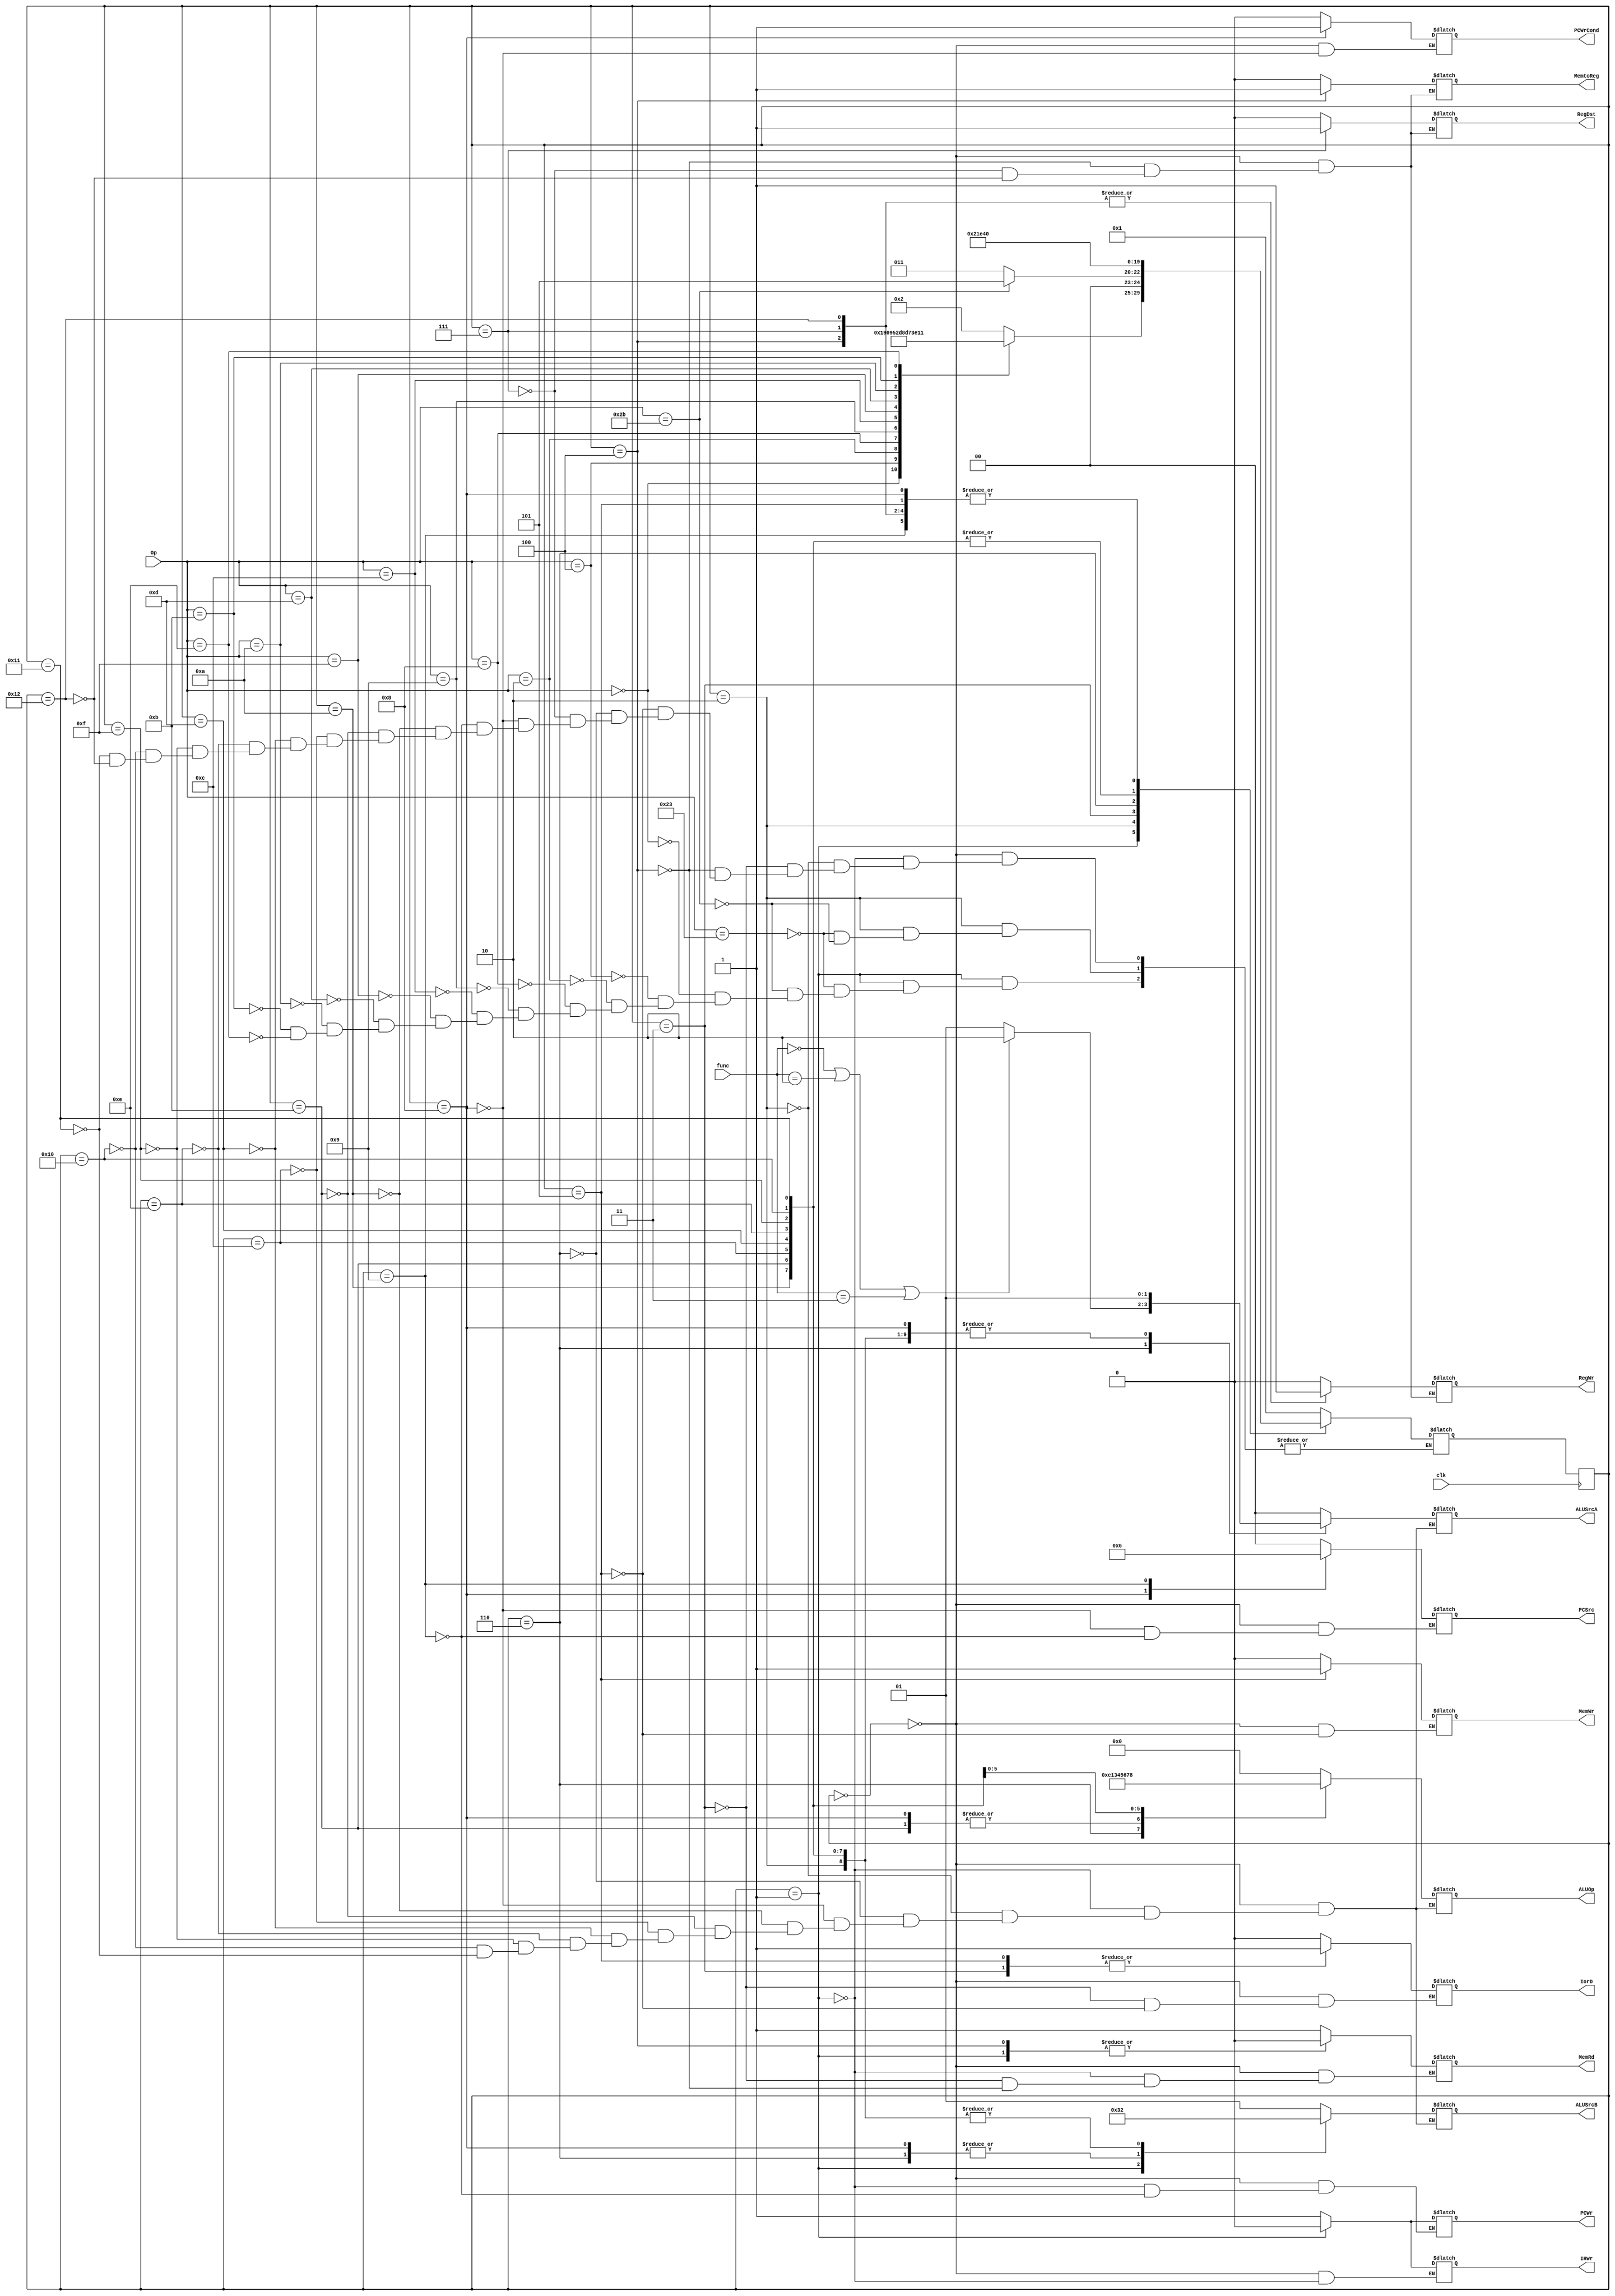
module CU (PCWr,PCWrCond,IorD,MemRd,MemWr,IRWr,MemtoReg,PCSrc,ALUOp,ALUSrcB,ALUSrcA,RegWr,RegDst,Op,clk,func);
input [5:0] func;
input [5:0] Op;
input clk;
output reg [1:0] ALUSrcB, PCSrc, ALUSrcA;
output reg [3:0] ALUOp;
output reg PCWrCond, PCWr , IorD, MemRd, MemWr, MemtoReg, IRWr, RegWr, RegDst; 
parameter S0=0, S1=1, S2=2, S3=3, S4=4, S5=5, S6=6, S7=7, S8=8, S9=9, 
    S10=10, //addi
    S11=11, //addiu
    S12=12, //andi
    S13=13, //lui
    S14=14, //ori
    S15=15, //slti
    S16=16, //sltiu
    S17=17, //xori
    S18=18; 
parameter R = 6'b000000,
          lw = 6'b100011,
          sw = 6'b101011,
          j = 6'b000010,
          addi = 6'b001000,
          addiu = 6'b001001,
          andi = 6'b001100,
          lui =6'b001111,
          ori = 6'b001101,
          slti = 6'b001010,
          sltiu = 6'b001011,
          xori = 6'b001110,
          beq = 6'b000100;

reg [4:0] S, NS; 
initial S=0;
always@(posedge clk) begin 
    S <= NS;
end
always @(S, Op) begin
case(S)
    S0: begin
    MemRd=1'b1; 
    ALUSrcA=2'b00; 
    IorD=1'b0; 
    IRWr=1'b1; 
    ALUSrcB=2'b01; 
    ALUOp=4'b0000; 
    PCWr=1'b1; 
    PCSrc=2'b00; 
    NS=S1; 
    RegWr=1'b0; 
    RegDst=1'b0;
    MemWr=1'b0; 
    PCWrCond= 1'b0; 
    MemtoReg=1'b0;
    end

    S1: begin 
    MemRd=1'b0;
    IRWr=1'b0;
    ALUSrcA=2'b00;
    ALUSrcB=2'b11;
    PCWr =1'b0;
    ALUOp= 4'b0000;
    case(Op)
    lw: NS=S2;
    sw: NS=S2;
    R: NS=S6;
    beq: NS=S8;
    j: NS=S9;
    addi: NS=S10;
    addiu: NS=S11;
    andi: NS=S12;
    lui: NS=S13;
    ori: NS=S14;
    slti: NS=S15;
    sltiu: NS=S16;
    xori: NS=S17;
    endcase
    end

    S2: begin
    ALUSrcA = 2'b01;
    ALUSrcB= 2'b10; 
    ALUOp = 4'b0000;
    case(Op)
    lw: NS=S3;
    sw: NS=S5;
    endcase
    end

    S3: begin 
    MemRd=1'b1;
    IorD = 1'b1; 
    NS=S4;
    end

    S4: begin
    RegDst = 1'b0;
    RegWr = 1'b1; 
    MemtoReg= 1'b1; 
    MemRd=1'b0;
    NS=S0; 
    end

    S5: begin 
    MemWr=1'b1;
    IorD= 1'b1; 
    NS=S0;
    end

    S6: begin
    if(func == 6'b000000 || func == 6'b000010 || func == 6'b000011) ALUSrcA= 2'b10;
    else ALUSrcA= 2'b01;
    ALUSrcB= 2'b00; 
    ALUOp = 4'b1100; 
    NS = S7;
    end

    S7: begin
    RegDst= 1'b1;
    RegWr = 1'b1; 
    MemtoReg = 1'b0; 
    NS= S0;
    end

    S8: begin
    ALUSrcA= 2'b01;
    ALUSrcB= 2'b00; 
    ALUOp=4'b0001; 
    PCWrCond= 1'b1; 
    PCSrc = 2'b01; 
    NS= S0;
    end

    S9: begin
    PCWr = 1'b1;
    PCSrc= 2'b10;
    NS= S0; 
    end

    // addi
    S10: begin
    ALUSrcA = 2'b01;
    ALUSrcB= 2'b10; 
    ALUOp = 4'b0000;
    NS = S18;
    end

    //addiu
    S11: begin
    ALUSrcA = 2'b01;
    ALUSrcB= 2'b10; 
    ALUOp = 4'b0001;
    NS = S18;
    end

    //andi
    S12: begin
    ALUSrcA = 2'b01;
    ALUSrcB= 2'b10; 
    ALUOp = 4'b0011;
    NS = S18;
    end

    //lui
    S13: begin
    ALUSrcA = 2'b01;
    ALUSrcB= 2'b10; 
    ALUOp = 4'b0100;
    NS = S18;
    end

    //ori
    S14: begin
    ALUSrcA = 2'b01;
    ALUSrcB= 2'b10; 
    ALUOp = 4'b0101;
    NS = S18;
    end

    //slti
    S15: begin
    ALUSrcA = 2'b01;
    ALUSrcB= 2'b10; 
    ALUOp = 4'b0110;
    NS = S18;
    end

    //sltiu
    S16: begin
    ALUSrcA = 2'b01;
    ALUSrcB= 2'b10; 
    ALUOp = 4'b0111;
    NS = S18;
    end

    //xori
    S17: begin
    ALUSrcA = 2'b01;
    ALUSrcB= 2'b10; 
    ALUOp = 4'b1000;
    NS = S18;
    end

    S18: begin
    RegDst= 1'b0;
    RegWr= 1'b1;
    MemtoReg= 1'b0;
    NS = S0;
    end

endcase 
end
endmodule


// module CU(PCWr,PCWrCond,IorD,MemRd,MemWr,IRWr,MemtoReg,PCSrc,ALUOp,ALUSrcB,ALUSrcA,RegWr,RegDst,Op,clk);
//     input [5:0] Op;
//     input clk;

//     output PCWr,PCWrCond,IorD,MemRd,MemWr,IRWr,MemtoReg,ALUSrcA,RegWr,RegDst;
//     output [1:0] PCSrc;
//     output [1:0] ALUOp;
//     output [1:0] ALUSrcB;

//     reg [3:0] S;
//     wire [3:0] NS;
//     wire [19:0] P;
//     // parameter R = 6'b000000,
//     //       lw = 6'b100011,
//     //       sw = 6'b101011,
//     //       beq = 6'b000100,
//     //       j = 6'b000010,
//     //       addiu = 6'b001001;
//     assign P[0] = ~S[3] && ~S[2] && ~S[1] && ~S[0]; //0000
//     assign P[1] = ~S[3] && ~S[2] && ~S[1] &&  S[0]; //0001
//     assign P[2] = ~S[3] && ~S[2] &&  S[1] && ~S[0]; //0010
//     assign P[3] = ~S[3] && ~S[2] &&  S[1] &&  S[0]; //0011
//     assign P[4] = ~S[3] &&  S[2] && ~S[1] && ~S[0]; //0100
//     assign P[5] = ~S[3] &&  S[2] && ~S[1] &&  S[0]; //0101
//     assign P[6] = ~S[3] &&  S[2] &&  S[1] && ~S[0]; //0110
//     assign P[7] = ~S[3] &&  S[2] &&  S[1] &&  S[0]; //0111  
//     assign P[8] =  S[3] && ~S[2] && ~S[1] && ~S[0]; //1000
//     assign P[9] =  S[3] && ~S[2] && ~S[1] &&  S[0]; //1001
//     //000010 0001  j
//     assign P[10] = ~Op[5] && ~Op[4] && ~Op[3] && ~Op[2] &&  Op[1] && ~Op[0] && ~S[3] && ~S[2] && ~S[1] &&  S[0]; 
//     //000100 0001  beq 
//     assign P[11] = ~Op[5] && ~Op[4] && ~Op[3] &&  Op[2] && ~Op[1] && ~Op[0] && ~S[3] && ~S[2] && ~S[1] &&  S[0]; 
//     //000000 0001  R
//     assign P[12] = ~Op[5] && ~Op[4] && ~Op[3] && ~Op[2] && ~Op[1] && ~Op[0] && ~S[3] && ~S[2] && ~S[1] &&  S[0]; 
//     //100011 0010  lw
//     assign P[13] =  Op[5] && ~Op[4] && ~Op[3] && ~Op[2] &&  Op[1] &&  Op[0] && ~S[3] && ~S[2] &&  S[1] && ~S[0];
//     //101011 0001  sw
//     assign P[14] =  Op[5] && ~Op[4] &&  Op[3] && ~Op[2] &&  Op[1] &&  Op[0] && ~S[3] && ~S[2] && ~S[1] &&  S[0];
//     //100011 0001  lw
//     assign P[15] =  Op[5] && ~Op[4] && ~Op[3] && ~Op[2] &&  Op[1] &&  Op[0] && ~S[3] && ~S[2] && ~S[1] &&  S[0];
//     //101011 0010  sw
//     assign P[16] =  Op[5] && ~Op[4] &&  Op[3] && ~Op[2] &&  Op[1] &&  Op[0] && ~S[3] && ~S[2] &&  S[1] && ~S[0];
//     //addiu
//     //001001 0001  addiu
//     assign P[17] = ~Op[5] && ~Op[4] &&  Op[3] && ~Op[2] && ~Op[1] &&  Op[0] && ~S[3] && ~S[2] && ~S[1] &&  S[0];
//     //001001 0010  addiu
//     assign P[18] = ~Op[5] && ~Op[4] &&  Op[3] && ~Op[2] && ~Op[1] &&  Op[0] && ~S[3] && ~S[2] &&  S[1] && ~S[0];
//     //1010 S=10
//     assign P[19] = S[3] && ~S[2] &&  S[1] && ~S[0];


//     //
//     assign PCWr = P[0] || P[9];
//     assign PCWrCond = P[8];
//     assign IorD = P[3] || P[5];
//     assign MemRd = P[0] || P[3];
//     assign MemWr =P[5];
//     assign IRWr = P[0];
//     assign MemtoReg = P[4];
//     assign PCSrc = {P[9],P[8]};
//     assign ALUOp = {P[6],P[8]};
//     assign ALUSrcB = {P[1]||P[2],P[0]||P[1]};
//     assign ALUSrcA = P[2] || P[6] || P[8];
//     assign RegWr = P[4] || P[7] || P[19];
//     assign RegDst = P[7];
//     assign NS[3] = P[10] || P[11] || P[18];
//     assign NS[2] = P[3] || P[6] || P[12] || P[16];
//     assign NS[1] = P[6] || P[12] || P[13] || P[14] || P[15] || P[17] || P[18];
//     assign NS[0] = P[0] || P[6] || P[10] || P[13] || P[16];
//     // 
//     // assign #0.1 RegWr = P[4] || P[7];
//     // assign #0.1 NS[3] = P[10] || P[11];
//     // assign #0.1 NS[2] = P[3] || P[6] || P[12] || P[16];
//     // assign #0.1 NS[1] = P[6] || P[12] || P[13] || P[14] || P[15];
//     // assign #0.1 NS[0] = P[0] || P[6] || P[10] || P[13] || P[16];

//     always @(posedge clk) begin
//         S <= NS;
//     end

// endmodule